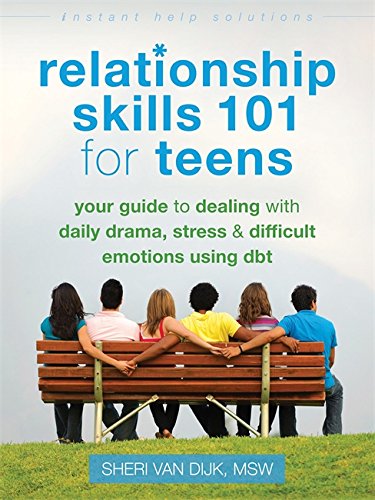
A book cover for Relationship Skills 101 for Teens: Your Guide to Dealing with Daily Drama, Stress, and Difficult Emotions Using DBT (The Instant Help Solutions Series); Sheri Van Dijk MSW; Teen & Young Adult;